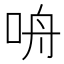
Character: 𪠾